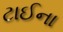
ટાઈના